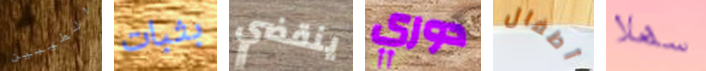
الطيبين بثبات ينقضي دوري أطفال سهلا